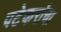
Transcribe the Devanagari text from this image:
पटेकरांचा